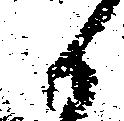
候